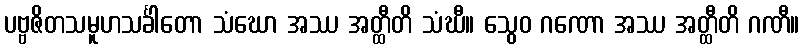
ပဗ္ဗဇိတသမူဟသင်္ခါတော သံဃော အဿ အတ္ထီတိ သံဃီ။ သွေဝ ဂဏော အဿ အတ္ထီတိ ဂဏီ။